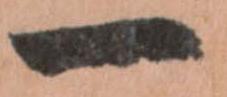
一